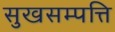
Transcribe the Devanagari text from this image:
सुखसम्पत्ति